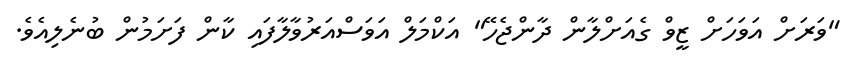
"ވަރަށް އަވަހަށް ޒީވް ގެއަށްލާން ދާންޖެހޭ" އަކްމަލް އަވަސްއަރުވާލާފައި ކާން ފަށަމުން ބުނެލިއެވެ.